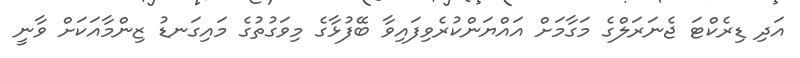
އަދި ޑިރެކްޓަ ޖެނަރަލްގެ މަގާމަށް އައްޔަންކުރެވިފައިވާ ބޭފުޅާގެ މިވަގުތުގެ މައިގަނޑު ޒިންމާއަކަށް ވާނީ